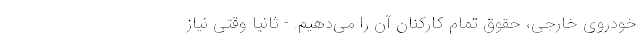
خودروی خارجی، حقوق تمام کارکنان آن را می‌دهیم. - ثانیاً وقتی نیاز